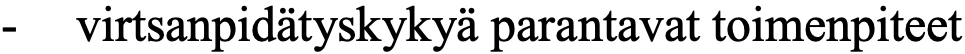
-  virtsanpidätyskykyä parantavat toimenpiteet